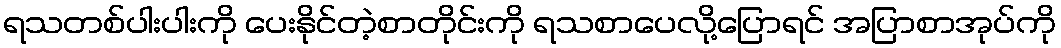
ရသတစ်ပါးပါးကို ပေးနိုင်တဲ့စာတိုင်းကို ရသစာပေလို့ပြောရင် အပြာစာအုပ်ကို